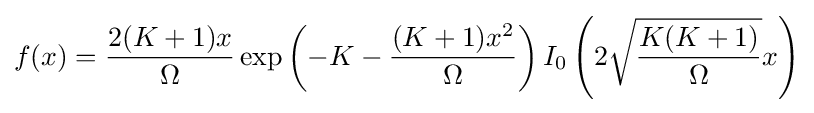
f(x)={\frac {2(K+1)x}{\Omega }}\exp \left(-K-{\frac {(K+1)x^{2}}{\Omega }}\right)I_{0}\left(2{\sqrt {\frac {K(K+1)}{\Omega }}}x\right)